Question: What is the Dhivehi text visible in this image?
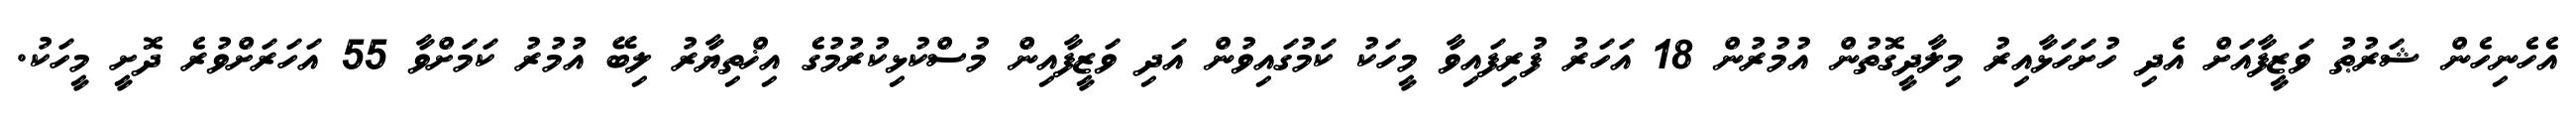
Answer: އެހެނިހެން ޝަރުޠު ވަޒީފާއަށް އެދި ހުށަހަޅާއިރު މިލާދީގޮތުން އުމުރުން 18 އަހަރު ފުރިފައިވާ މީހަކު ކަމުގައިވުން އަދި ވަޒީފާއިން މުސްކުޅިކުރުމުގެ އިޚްތިޔާރު ލިބޭ އުމުރު ކަމަށްވާ 55 އަހަރަށްވުރެ ދޮށީ މީހަކު.